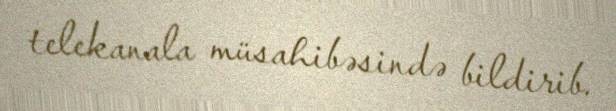
telekanala müsahibəsində bildirib.